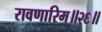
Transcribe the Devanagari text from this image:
रावणारिम्‌॥२६॥